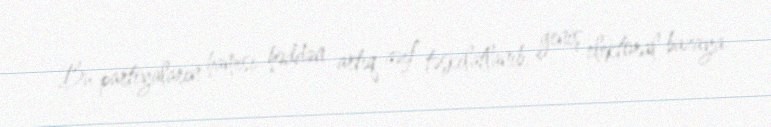
Bu partiyaların hamısı həddən artıq zəif təşkilatlanıb, geniş elektoral bazaya